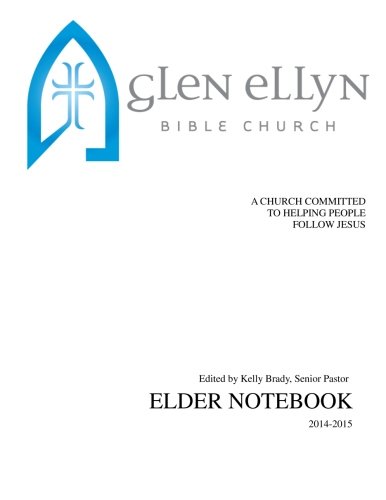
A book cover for Glen Ellyn Bible Church Elder Notebook: A Church Committed to Helpling People Follow Jesus; Mr. Kelly Brady; Christian Books & Bibles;